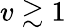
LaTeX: v\gtrsim 1